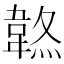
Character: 𩎷